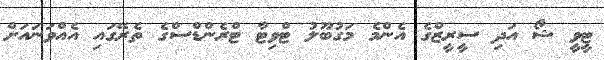
ޓީވީ ޝޯ އަދި ސީރީޒްގެ އެންމެ މަގުބޫލު ޓްވިޓާ ޓްރެންޑްސްގެ ތެރޭގައި އެއްވަނައަށް